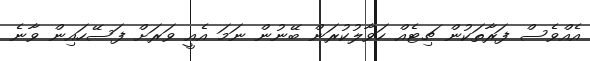
އެއްވެސް ފަރާތަކުން ޗިޓެއް ހަވާލުކުރަން ބޭނުން ނަމަ އެއީ ވަރަށް ފަސޭހައިން ވާނެ